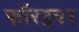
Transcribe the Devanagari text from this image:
फॉरइवर